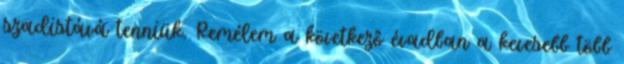
szadistává tenniük. Remélem a következő évadban a kevesebb több